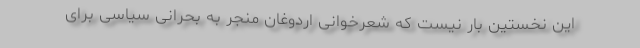
این نخستین بار نیست که شعرخوانی اردوغان منجر به بحرانی سیاسی برای